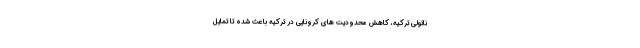
ناتولی ترکیه، کاهش محدودیت های کرونایی در ترکیه باعث شده تا تمایل